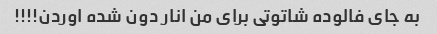
به جای فالوده شاتوتی برای من انار دون شده اوردن!!!!